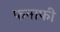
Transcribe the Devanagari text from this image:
फनाफी